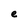
Character: e